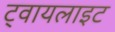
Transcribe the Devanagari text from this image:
ट्वायलाइट